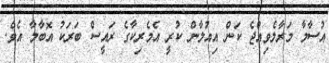
އުސާމާ މަރާލެވިއްޖެ ކަން އިއުލާން ކުރީ އެމެރިކާގެ ރައީސް ބަރަކު އޮބާމާ އެވެ.